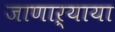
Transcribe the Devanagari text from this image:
जाणाऱ्याया